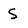
Character: S